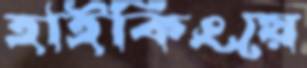
হাইকিংয়ে